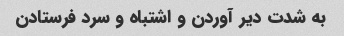
به شدت دیر آوردن و اشتباه و سرد فرستادن